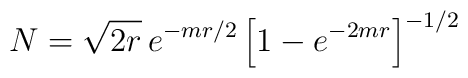
N = \sqrt{2r}\, e^{-mr/2} \left[1 - e^{-2mr} \right]^{-1/2}